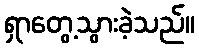
ရှာတွေ့သွားခဲ့သည်။